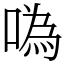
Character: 噅